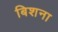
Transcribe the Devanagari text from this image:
बिशना